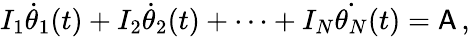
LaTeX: I_{1}\dot{\theta}_{1}(t)+I_{2}\dot{\theta}_{2}(t)+\cdots+I_{N}\dot{\theta_{N}}(t)=\mathsf{A}\, ,